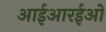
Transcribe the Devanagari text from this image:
आईआरईओ